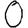
Digit: 0